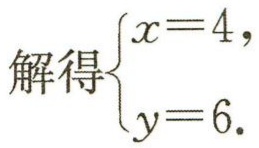
解得\(\begin{cases}

x = 4,\\

y = 6.

\end{cases}\)